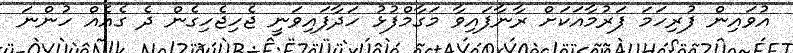
އުވައިން ފުރިހަމަ ފަރުމާއަކަށް ރާނާފައިވާ މަގާމްފުޅު ހަދާފައިވަނީ ޖެހިޖެހިގެން ދެ ގެއެއް ހުންނަ